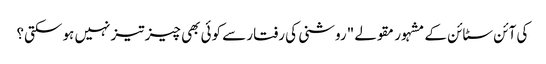
کی آئن سٹائن کے مشہور مقولے "روشنی کی رفتار سے کوئی بھی چیز تیز نہیں ہو سکتی؟